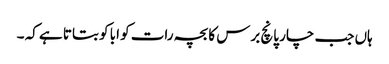
ہاں جب چار پانچ برس کا بچہ رات کو ابا کو بتاتا ہے کہ ۔